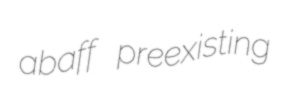
abaff preexisting